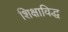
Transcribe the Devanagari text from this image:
शिक्षाविद्ध